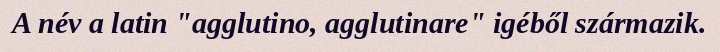
A név a latin "agglutino, agglutinare" igéből származik.